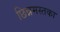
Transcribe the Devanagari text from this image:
छिन्नमस्तका